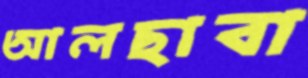
আলছাবা